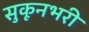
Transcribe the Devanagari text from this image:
सुकूनभरी